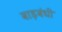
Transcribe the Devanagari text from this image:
बाड़बंधी